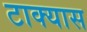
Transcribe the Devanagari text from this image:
टाक्यास